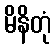
မိနိတုံ